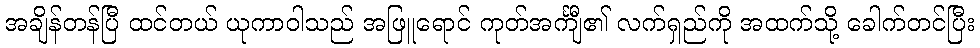
အချိန်တန်ပြီ ထင်တယ် ယုကာဝါသည် အဖြူရောင် ကုတ်အင်္ကျီ၏ လက်ရှည်ကို အထက်သို့ ခေါက်တင်ပြီး